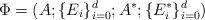
\begin{align*}\Phi=(A; \{E_i\}^d_{i=0}; A^*; \{E^*_i\}^d_{i=0})\end{align*}